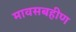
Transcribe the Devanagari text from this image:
मावसबहीण